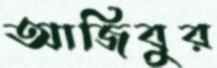
আজিবুর